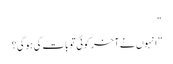
“
”انہوں نے آخر کوئی تو بات کی ہوگی؟